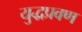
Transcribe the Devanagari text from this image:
युद्धप्रवण